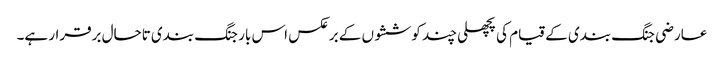
عارضی جنگ بندی کے قیام کی پچھلی چند کوششوں کے برعکس اس بار جنگ بندی تاحال برقرار ہے۔